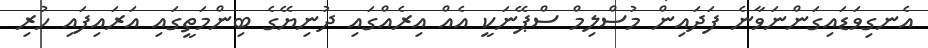
އެނގިވަޑައިގަންނަވާނެ ފަދައިން މުސްލިމް ސްޕޭނަކީ އެއް އިރެއްގައި ދުނިޔޭގެ ބިންމަތީގައި އަރައިފައި ހުރި